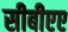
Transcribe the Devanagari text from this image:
सीबीएए